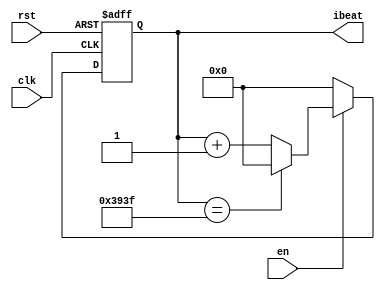
module player_control (
	input clk, 
	input rst, 
    input en,
	output reg [13:0] ibeat
);
	parameter LEN = 14656;

	always @(posedge clk, posedge rst) begin
		if (rst) begin
			ibeat <= 0;
        end else if(!en) ibeat <= 0;
		else begin
            if(ibeat == LEN-1) ibeat <= 0;
            else ibeat <= ibeat + 1;
		end
	end
    

endmodule